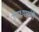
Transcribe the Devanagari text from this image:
उपाध्यायंनी